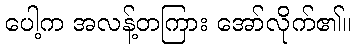
ပေါ့က အလန့်တကြား အော်လိုက်၏။